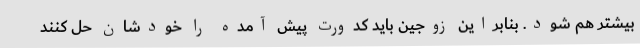
بیشتر هم شود. بنابراین زوجین باید کدورت پیش آمده را خودشان حل کنند